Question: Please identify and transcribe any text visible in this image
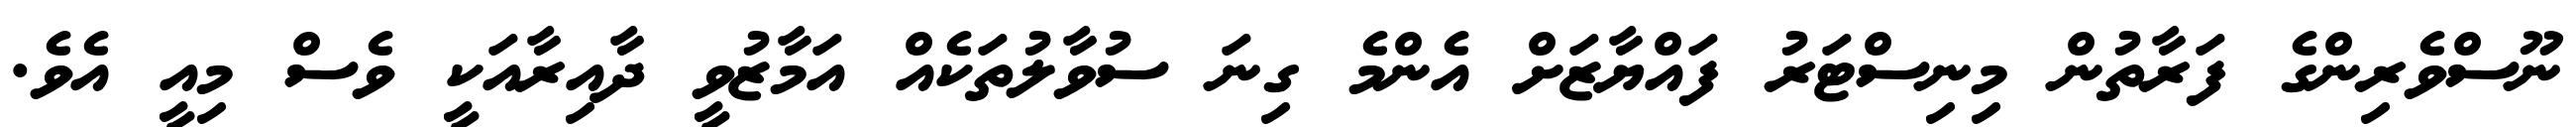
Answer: ނޫސްވެރިންގެ ފަރާތުން މިނިސްޓަރު ފައްޔާޒަށް އެންމެ ގިނަ ސުވާލުތަކެއް އަމާޒުވީ ދާއިރާއަކީ ވެސް މިއީ އެވެ.